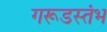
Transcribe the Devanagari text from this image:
गरूडस्तंभ